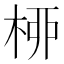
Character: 桺